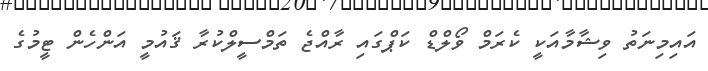
އައިމިނަތު ވިޝާމާއަކީ ކެރަމް ވޯލްޑް ކަޕްގައި ރާއްޖެ ތަމްސީލްކުރާ ޤައުމީ އަންހެން ޓީމުގެ